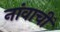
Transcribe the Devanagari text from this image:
नांवाचीं